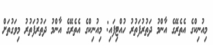
މިއުނިކްގެ އެތެރޭގެ އާންމު ދަތުރުފަތުރު ހުއްޓިފައި: މިއުނިކްގެ އެތެރޭގެ އާންމު ދަތުރުފަތުރު މިވަގުތަށް